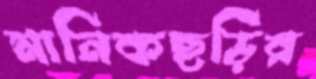
মানিকছড়ির